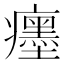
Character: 癦